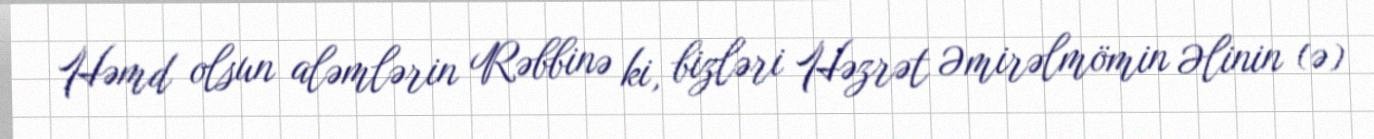
Həmd olsun aləmlərin Rəbbinə ki, bizləri Həzrət Əmirəlmömin Əlinin (ə)